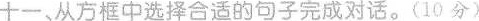
十一、从方框中选择合适的句子完成对话.(10 分)